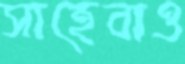
সাহেবাও